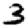
Digit: 3